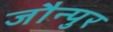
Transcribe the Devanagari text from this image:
जौन्पुर